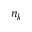
n _ { k }